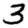
Digit: 3